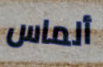
ألماس